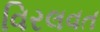
વિરલવત